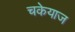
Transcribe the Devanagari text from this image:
चकेयाज